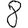
Digit: 8